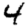
Digit: 4